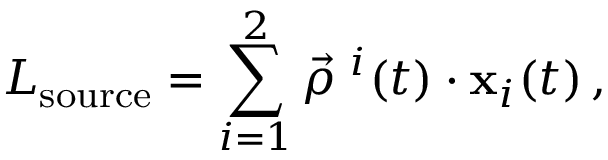
L _ { \mathrm { s o u r c e } } = \sum _ { i = 1 } ^ { 2 } \vec { \rho } ^ { \, \, i } ( t ) \cdot { \bf \vec { x } } _ { i } ( t ) \, ,